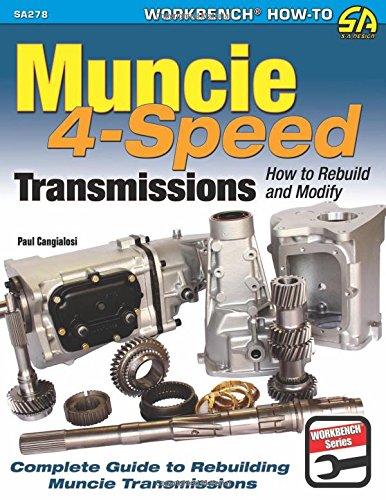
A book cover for Muncie 4-Speed Transmissions: How to Rebuild & Modify (Sa Design); Paul Cangialosi; Engineering & Transportation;